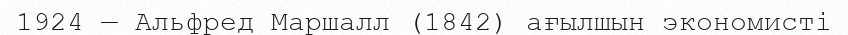
1924 — Альфред Маршалл (1842) ағылшын экономисті